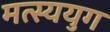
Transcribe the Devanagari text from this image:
मत्स्ययुग